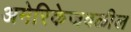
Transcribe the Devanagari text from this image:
अमेरिकेजवळील